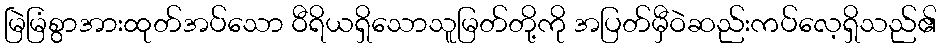
မြဲမြံစွာအားထုတ်အပ်သော ဝီရိယရှိသောသူမြတ်တို့ကို အပြတ်မှီဝဲဆည်းကပ်လေ့ရှိသည်၏